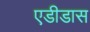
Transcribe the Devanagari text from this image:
एडीडास